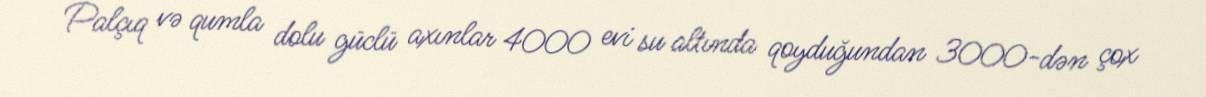
Palçıq və qumla dolu güclü axınlar 4000 evi su altında qoyduğundan 3000-dən çox